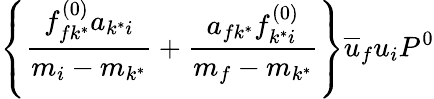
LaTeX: \left\{ \frac{f_{fk^{*}}^{(0)}a_{k^{*}i}}{m_{i}-m_{k^{*}}}+\frac{a_{fk^{*}}f_{k^{*}i}^{(0)}}{m_{f}-m_{k^{*}}}\right\} \overline{{{u}}}_{f}u_{i}P^{0}